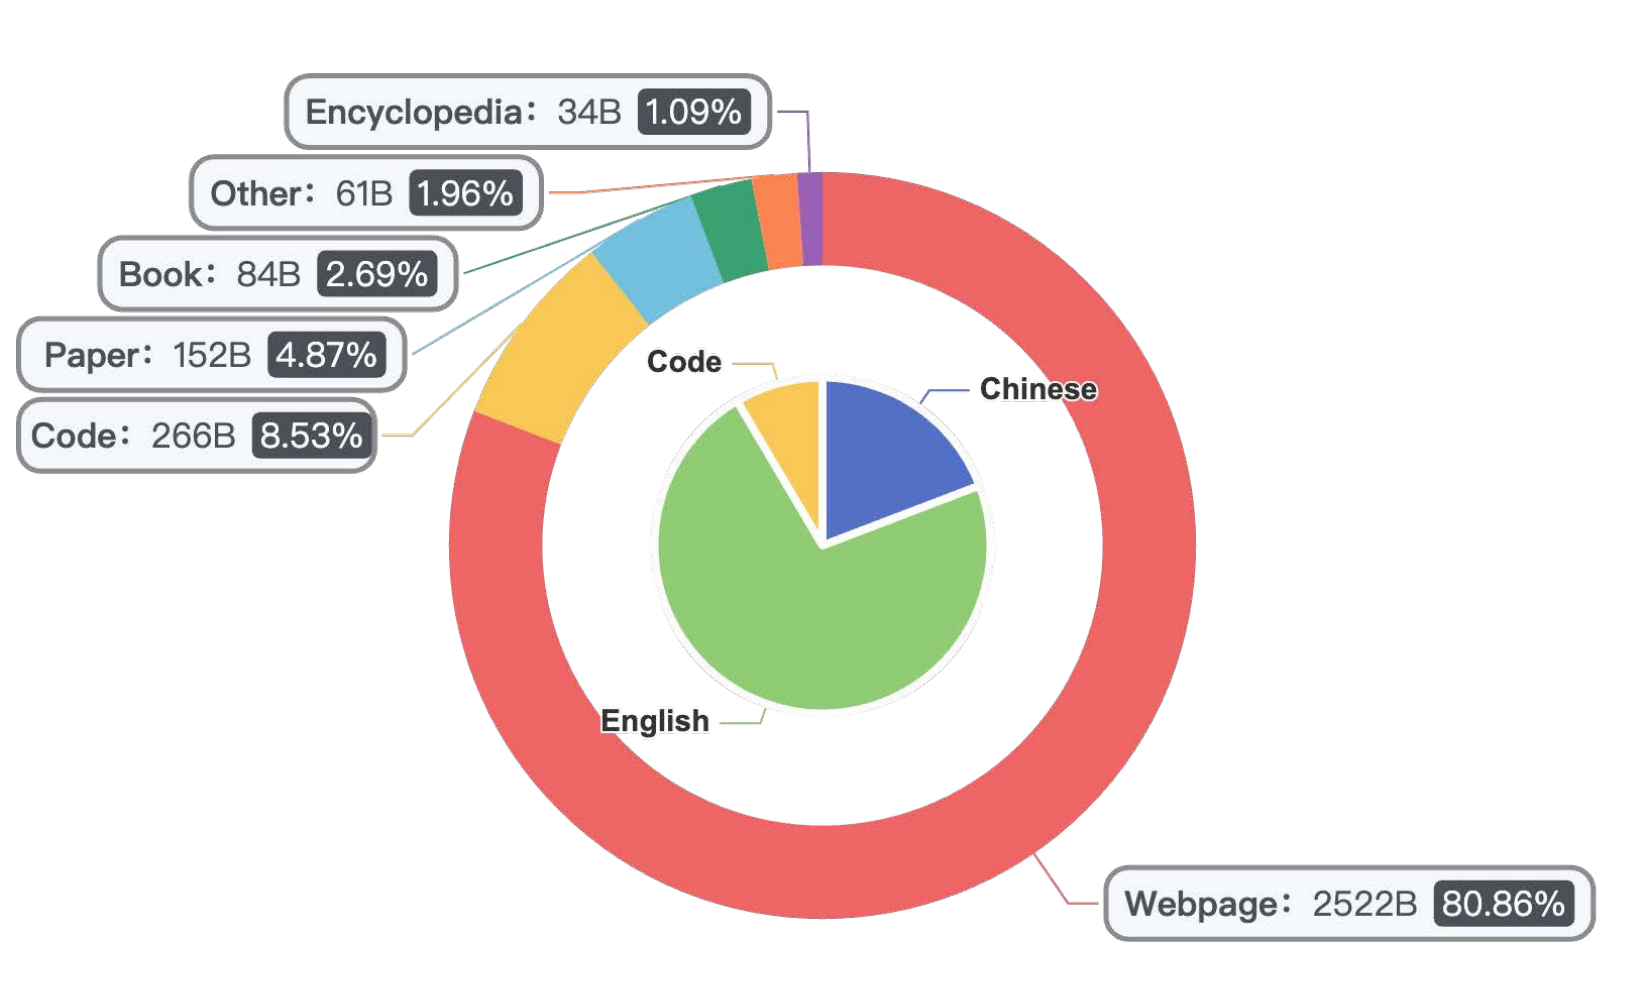
ppt